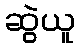
ဆွဲယူ